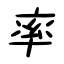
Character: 率